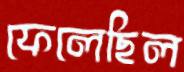
ফেলেছিল